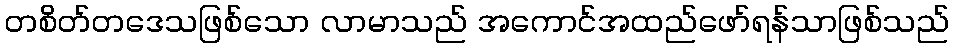
တစိတ်တဒေသဖြစ်သော လာမာသည် အကောင်အထည်ဖော်ရန်သာဖြစ်သည်